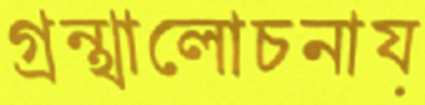
গ্রন্থালোচনায়